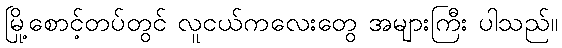
မြို့စောင့်တပ်တွင် လူငယ်ကလေးတွေ အများကြီး ပါသည်။